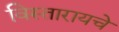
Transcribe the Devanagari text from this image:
विस्तारायचे